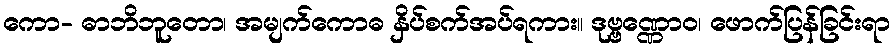
ကော- ဓာဘိဘူတော၊ အမျက်ကောဓ နှိပ်စက်အပ်ရကား။ ဒုဗ္ဗဏ္ဏောဝ၊ ဖောက်ပြန်ခြင်းရာ